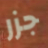
جزر